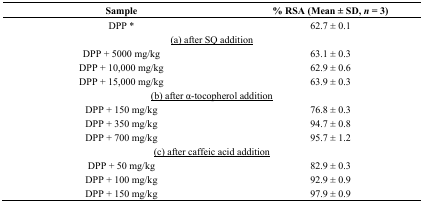
<table><thead><tr><td><b>Sample</b></td><td><b>% RSA (Mean ± SD, <i>n</i> = 3)</b></td></tr></thead><tbody><tr><td>DPP *</td><td>62.7 ± 0.1</td></tr><tr><td colspan="2"><underline>(a) after SQ addition</underline></td></tr><tr><td>DPP + 5000 mg/kg</td><td>63.1 ± 0.3</td></tr><tr><td>DPP + 10,000 mg/kg</td><td>62.9 ± 0.6</td></tr><tr><td>DPP + 15,000 mg/kg</td><td>63.9 ± 0.3</td></tr><tr><td colspan="2"><underline>(b) after α-tocopherol addition</underline></td></tr><tr><td>DPP + 150 mg/kg</td><td>76.8 ± 0.3</td></tr><tr><td>DPP + 350 mg/kg</td><td>94.7 ± 0.8</td></tr><tr><td>DPP + 700 mg/kg</td><td>95.7 ± 1.2</td></tr><tr><td colspan="2"><underline>(c) after caffeic acid addition</underline></td></tr><tr><td>DPP + 50 mg/kg</td><td>82.9 ± 0.3</td></tr><tr><td>DPP + 100 mg/kg</td><td>92.9 ± 0.9</td></tr><tr><td>DPP + 150 mg/kg</td><td>97.9 ± 0.9</td></tr></tbody></table>